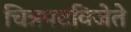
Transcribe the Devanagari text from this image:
चित्रपटविजेते